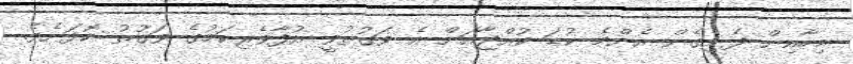
މިހާއިން ފެށިގެން އެންމެ ކުޑަ ކުއްޖާއަށް އެ ވަގުތުވީ އުފާވެރިކަމުގެ ވަގުތު ކޮޅަށެވެ.